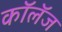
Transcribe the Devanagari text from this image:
कॉलॅज